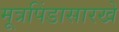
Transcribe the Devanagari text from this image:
मूत्रपिंडासारखे